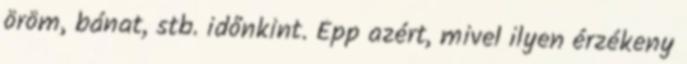
öröm, bánat, stb. időnkint. Épp azért, mivel ilyen érzékeny